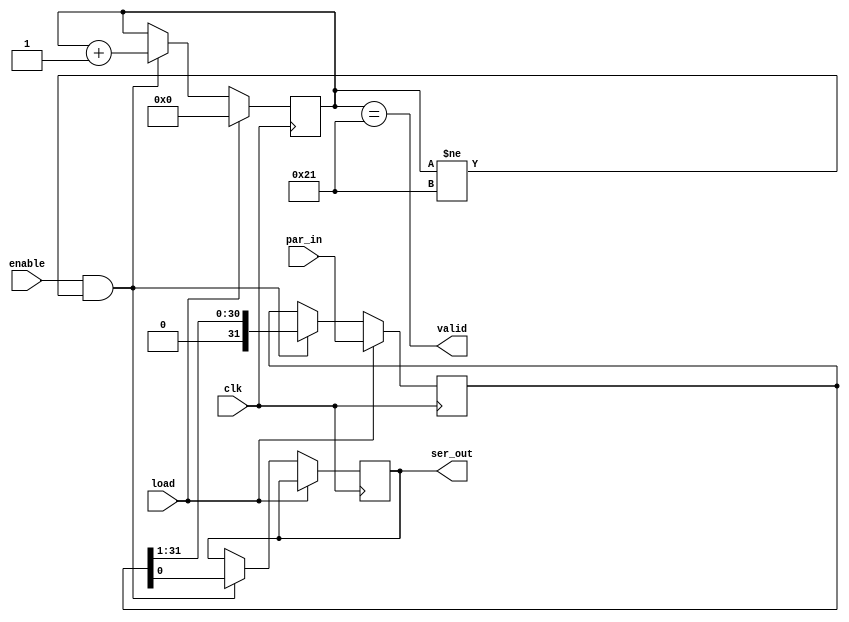
`timescale 1ns/1ns
	
module P2S #(parameter n = 32)
				(input clk, enable, load,
				 input [n-1:0] par_in,
				 output reg ser_out,
				 output valid);

	reg [n-1:0] par_in_temp;
	reg [5:0] count; 	
	always @(posedge clk) begin
		if (load) begin
			par_in_temp <= par_in;
			count <= 0;
		end	
		else if ((enable) && (count != n+1)) begin
			ser_out <= par_in_temp [0];
			par_in_temp <= par_in_temp >> 1;
			count <= count +1;
			//$display ("ser_out =%b , count= %d", ser_out, count);
		end	
	end
	
	assign valid = (count == n+1);
		
endmodule